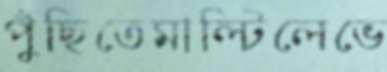
পুঁছিতেমাল্টিলেভে